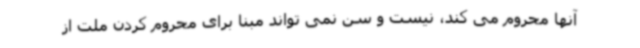
آنها محروم می کند، نیست و سن نمی تواند مبنا برای محروم کردن ملت از